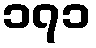
၁၇၁